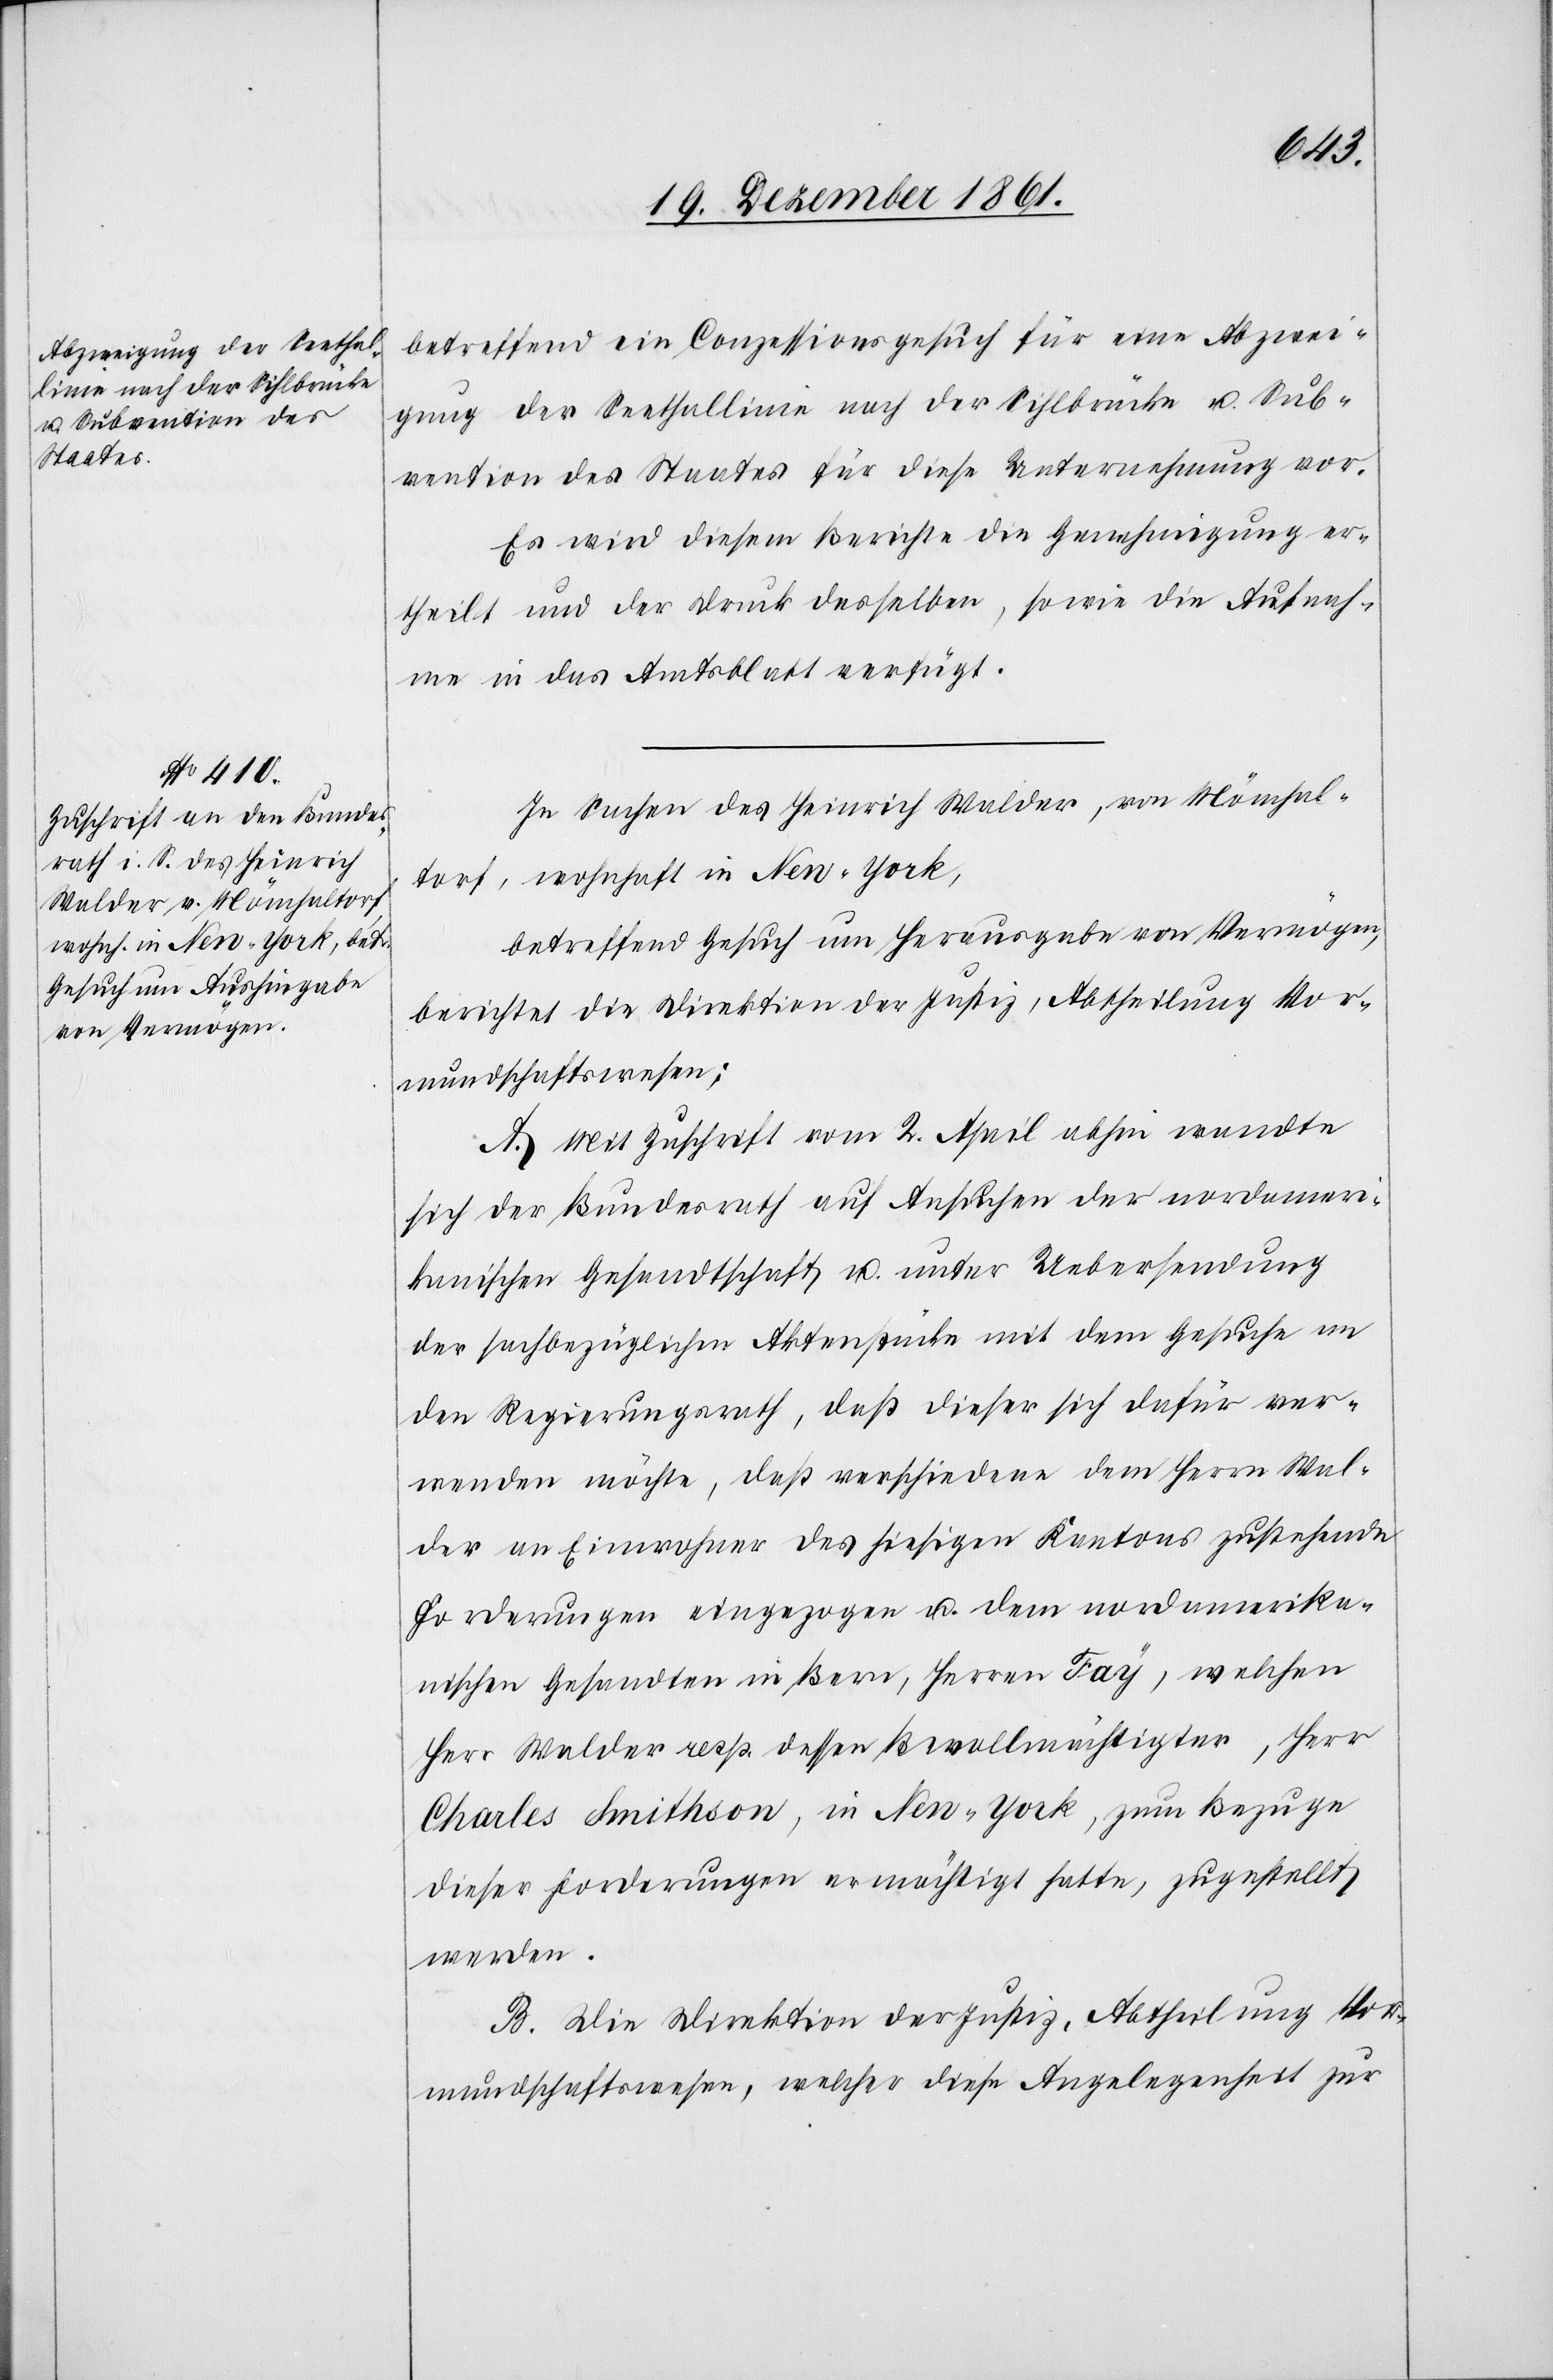
betreffend ein Conzessionsgesuch für eine Abzwei¬
gung der Seethallinie nach der Sihlbrücke u. Sub¬
vention des Staates für diese Unternehmung vor.
Es wird diesem Berichte die Genehmigung er¬
theilt und der Druck desselben, sowie die Aufnah¬
me in das Amtsblatt verfügt.
In Sachen des Heinrich Walder, von Mönchal¬
torf, wohnhaft in New-York,
betreffend Gesuch um Herausgabe von Vermögen,
berichtet die Direktion der Justiz, Abtheilung Vor¬
mundschaftswesen;
A. Mit Zuschrift vom 2 April abhin wandte
sich der Bundesrath auf Ansuchen der nordameri¬
kanischen Gesandtschaft u. unter Uebersendung
der sachbezüglichen Aktenstücke mit dem Gesuche an
den Regierungsrath, daß dieser sich dafür ver¬
wenden möchte, daß verschiedene dem Herrn Wal¬
der an Einwohner des hiesigen Kantons zustehende
Forderungen eingezogen u. dem nordamerika¬
nischen Gesandten in Bern, Herrn Fay, welchen
Herr Walder resp. dessen Bevollmächtigter, Herr
Charles Smithson, in New-York, zum Bezuge
dieser Forderungen ermächtigt hatte, zugestellt
werden.
B. Die Direktion der Justiz, Abtheilung Vor¬
mundschaftswesen, welcher diese Angelegenheit zur